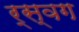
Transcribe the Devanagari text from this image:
र्स्वग